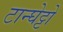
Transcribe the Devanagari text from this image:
टान्घेट्टो